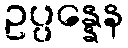
ဥပ္ပန္နေန